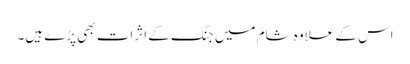
اس کے علاوہ شام میں جنگ کے اثرات بھی پڑے ہیں۔